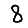
Digit: 8